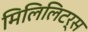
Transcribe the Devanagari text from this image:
मिलिलिटर्स